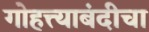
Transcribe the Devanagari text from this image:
गोहत्त्याबंदीचा